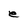
Character: e